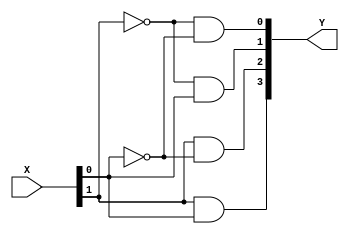
module decoder_2x4 (X,Y);
	input [1:0] X;
	output [3:0] Y;
	
	assign Y[0] = (~X[1]) & (~X[0]);
	assign Y[1] = (~X[1]) & X[0];
	assign Y[2] = X[1] & (~X[0]);
	assign Y[3] = X[1] & X[0];

endmodule